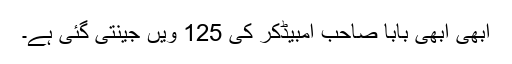
ابھی ابھی بابا صاحب امبیڈکر کی 125 ویں جینتی گئی ہے۔